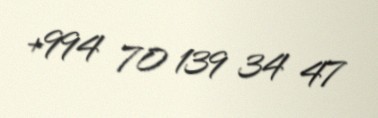
+994 70 139 34 47